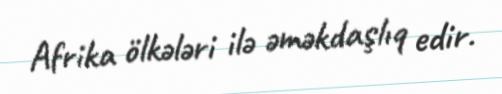
Afrika ölkələri ilə əməkdaşlıq edir.